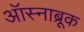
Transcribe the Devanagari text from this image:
ऑस्नाब्रूक